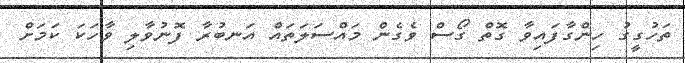
ތަހުގީގު ހިންގާފައިވާ ގޮތް ގޯސް ވެގެން މައްސަލަތައް އަނބުރާ ފޮނުވާލި ވާހަކަ ކަމަށް